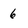
Character: 6